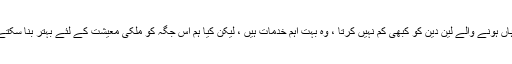
میں وہاں ہونے والے لین دین کو کبھی کم نہیں کرتا ، وہ بہت اہم خدمات ہیں ، لیکن کیا ہم اس جگہ کو ملکی معیشت کے لئے بہتر بنا سکتے ہیں؟